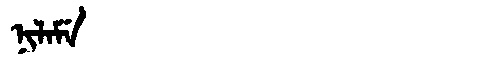
Manchu: ᠨᡳᠯᠠᠮᡝ
Romanization: NILAME